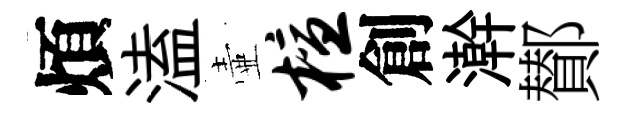
煩溘壷檀創澣鄼